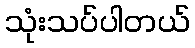
သုံးသပ်ပါတယ်